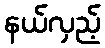
နယ်လှည့်